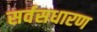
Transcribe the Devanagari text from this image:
सर्वसधारण